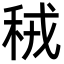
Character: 䄾